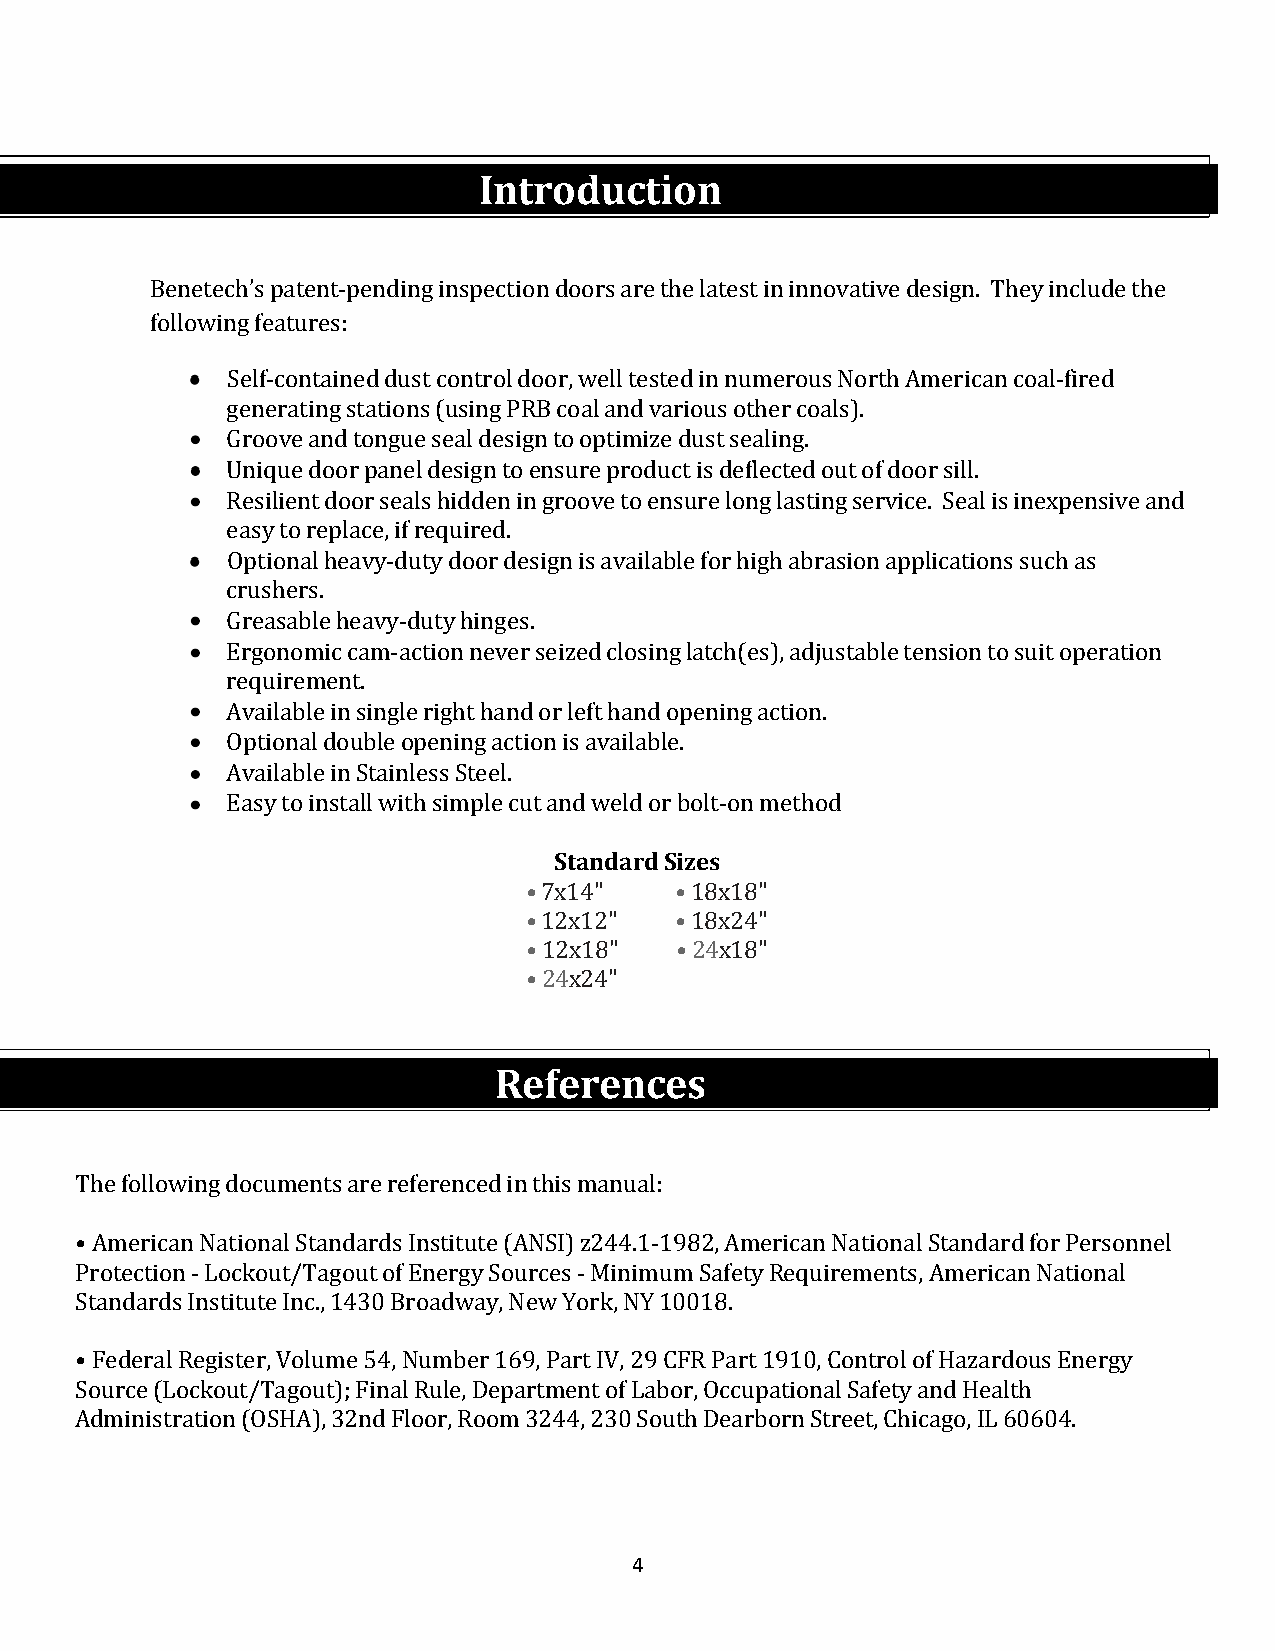
Introduction
 Benetech’s patent-pending inspection doors are the latest in innovative design. They include the
 follow i ng features:
 Self-contained dust control door, well tested in numerous North American coal-fired
 generating stations (using PRB coal and various other coals).
 Groove and tongue seal design to optimize dust sealing.
 Unique door panel design to ensure product is deflected out of door sill.
 Resilient door seals hidden in groove to ensure long lasting service. Seal is inexpensive and
 easy to replace, if required.
 Optional heavy-duty door design is available for high abrasion applications such as
 crushers.
 Greasable heavy-duty hinges.
 Ergonomic cam-action never seized closing latch(es), adjustable tension to suit operation
 requirement.
 Available in single right hand or left hand opening action.
 Optional double opening action is available.
 Available in Stainless Steel.
 Easy to install with simple cut aSntda nwdealdr do rS bizoelst-on method
 • 7x14"   • 18x18"
 • 12x12"  • 18x24"
 • 12x18"  • 24x18"
 • 24x24"
 References
 T he following documents are referenced in this manual:
 •American National Standards Institute (ANSI) z244.1-1982, American National Standard for Personnel
 Protection - Lockout/Tagout of Energy Sources - Minimum Safety Requirements, American National
 S tandards Institute Inc., 1430 Broadway, New York, NY 10018.
 •Federal Register, Volume 54, Number 169, Part IV, 29 CFR Part 1910, Control of Hazardous Energy
 Source (Lockout/Tagout); Final Rule, Department of Labor, Occupational Safety and Health
 Administration (OSHA), 32nd Floor, Room 3244, 230 South Dearborn Street, Chicago, IL 60604.
 4